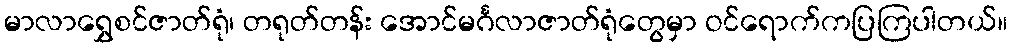
မာလာရွှေစင်ဇာတ်ရုံ၊ တရုတ်တန်း အောင်မင်္ဂလာဇာတ်ရုံတွေမှာ ဝင်ရောက်ကပြကြပါတယ်။